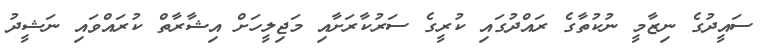
ސައީދުގެ ނިޒާމީ ނުކުތާގެ ރައްދުގައި ކުރީގެ ސަރުކާރަށާއި މަޖިލީހަށް އިޝާރާތް ކުރައްވައި ނަޝީދު